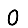
Digit: 0